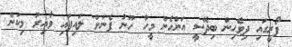
ފޯރީގައި ދިވެހިން ބިދޭސީ އަންހެން މީހާ 'ހޫނު ފެނަށް' ލައިފައި ވާއިރު މިކަން